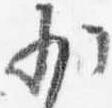
少